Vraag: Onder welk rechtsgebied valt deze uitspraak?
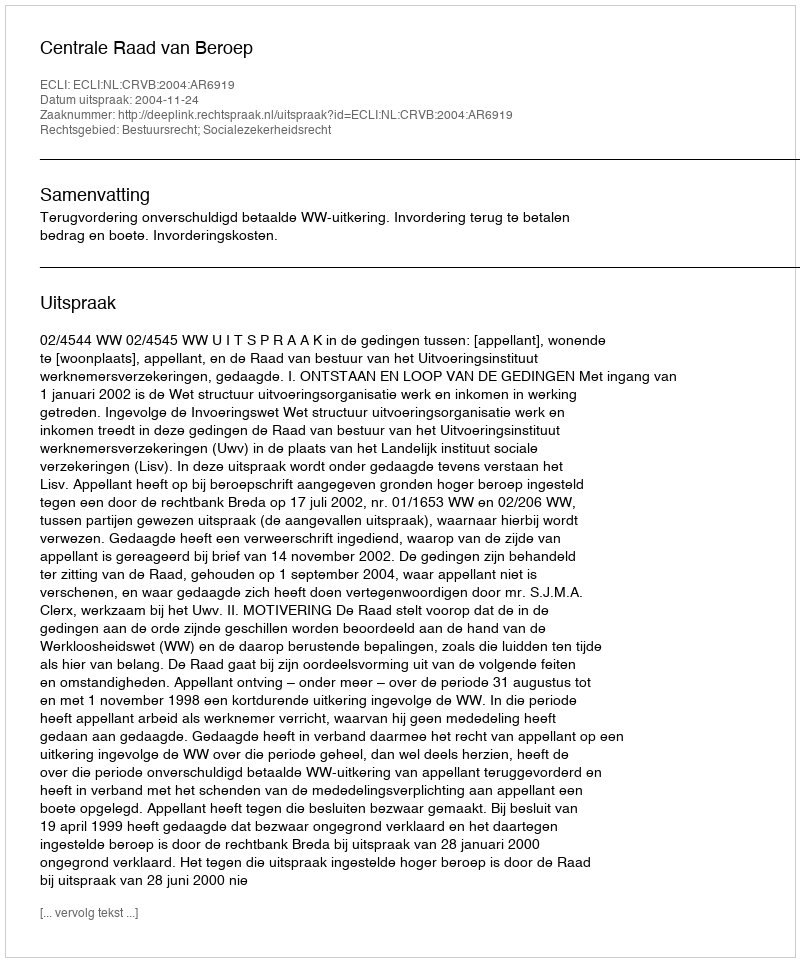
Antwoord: Bestuursrecht; Socialezekerheidsrecht